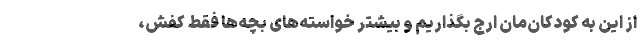
از این به کودکان‌مان ارج بگذاریم و بیشتر خواسته‌های بچه‌ها فقط کفش،